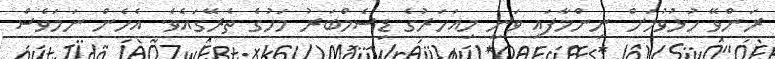
ރަންވޭ ހުޅުވުމަށް ނިންމާފައި ވަނީ މިއަހަރުގެ ޑިސެމްބަރު މަހުގެ ތެރޭގައެވެ. އެހެން ނަމަވެސް